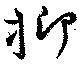
抑